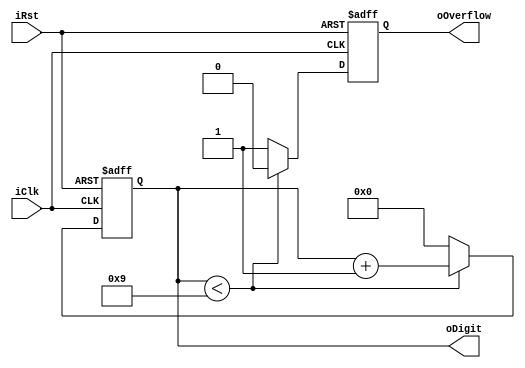
/*************************************************************
 Arquivo: decimal_counter.v
 Descrio:
 Implementao de um contador decimal de 1 dgito com reset.
 ************************************************************/
 
 module decimal_counter
 (
	iClk,		// Clock
	iRst,		// Reset
	oDigit,	// Sada com a representao do valor atual
	oOverflow, // Vai um
 );
 
 input iClk, iRst;
 output reg [3:0] oDigit = 4'h0;
 output reg oOverflow = 1'b0;
 
 // Bloco ativado com o clock e pressionando o boto reset
 always @(posedge iClk or negedge iRst) begin
	// Se o reset foi pressionado, reseta estado do contador
	if (~iRst) begin
		oDigit <= 4'h0;
		oOverflow <= 1'b0;
	end
	// Se o valor ainda for menor que 9, incrementa
	else if (oDigit < 9) begin
		oDigit <= oDigit + 4'h1;
		oOverflow <= 1'b0;
	end
	// Caso contrrio sinaliza o vai um e recomea a contagem.
	else begin
		oDigit <= 4'h0;
		oOverflow <= 1'b1;
	end
	
 end
 
 endmodule